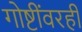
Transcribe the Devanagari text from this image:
गोष्टींवरही